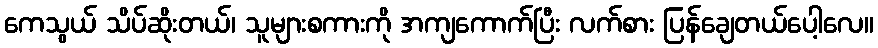
ကေသွယ် သိပ်ဆိုးတယ်၊ သူများစကားကို အကျကောက်ပြီး လက်စား ပြန်ချေတယ်ပေါ့လေ။